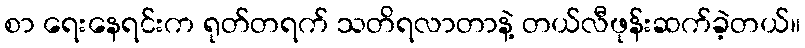
စာ ရေးနေရင်းက ရုတ်တရက် သတိရလာတာနဲ့ တယ်လီဖုန်းဆက်ခဲ့တယ်။